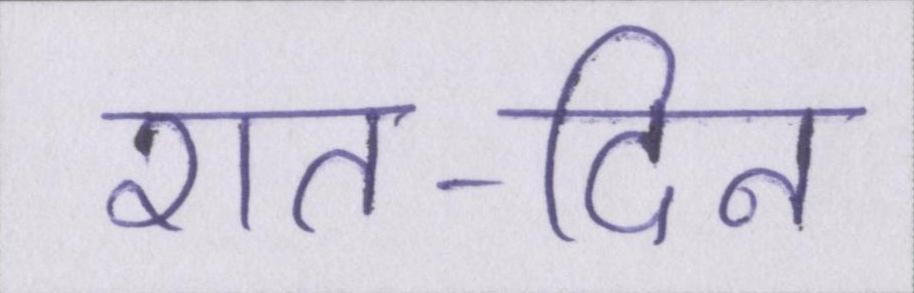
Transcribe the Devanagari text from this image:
रात-दिन